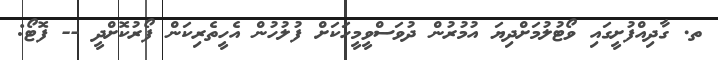
ތ. ގާދިއްފުށީގައި ވޯޓުލުމަށްދިޔަ އުމުރުން ދުވަސްވީމީހަކަށް ފުލުހުން އެހީތެރިކަން ފޯރުކޮށްދީ -- ފޮޓޯ: